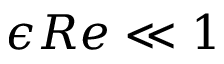
\epsilon R e \ll 1